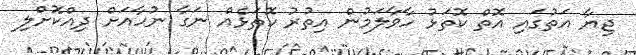
ޖިޔާ އަތުގައި އޮތް ކޮތަޅު ހާވާލަމުން އިތުރު ކޮތަޅެއް ނަގާ ނުހާއަށް ދިއްކޮށްލި